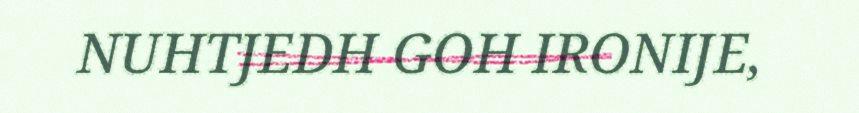
NUHTJEDH GOH IRONIJE,